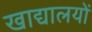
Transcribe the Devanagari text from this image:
खाद्यालयों